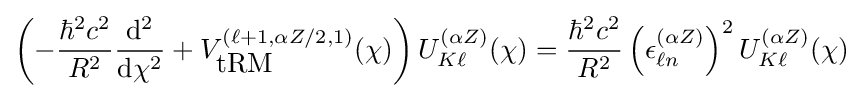
\left(-{\frac {\hbar ^{2}c^{2}}{R^{2}}}{\frac {{\mathrm {d} }^{2}}{{\mathrm {d} }\chi ^{2}}}+V_{\mbox{tRM}}^{(\ell +1,\alpha Z/2,1)}(\chi )\right)U_{K\ell }^{(\alpha Z)}(\chi )={\frac {\hbar ^{2}c^{2}}{R^{2}}}\left({\epsilon }_{\ell n}^{(\alpha Z)}\right)^{2}U_{K\ell }^{(\alpha Z)}(\chi )